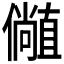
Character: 𫤁